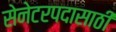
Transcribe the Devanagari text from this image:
सेनेटरपदासाठी